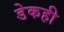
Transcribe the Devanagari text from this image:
डेकही